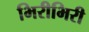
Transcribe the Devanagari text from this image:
भिरीभिरी